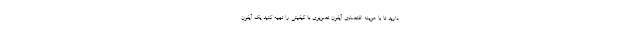
دارید تا با هزینه اقتصادی آیفون تصویری با کیفیتی را تهیه کنید یک آیفون